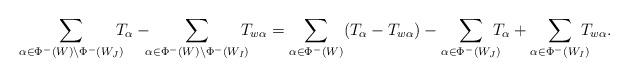
LaTeX: \begin{gather*} \sum_{\alpha\in \Phi^-(W)\setminus \Phi^-(W_J)}\!\!\!\!T_\alpha -\!\!\!\sum_{\alpha\in \Phi^-(W)\setminus \Phi^-(W_I)}\!\!\!\!T_{w\alpha} = \sum_{\alpha\in \Phi^-(W)}(T_\alpha-T_{w\alpha}) - \sum_{\alpha\in \Phi^-(W_J)}\!\!\!\!T_\alpha + \sum_{\alpha\in \Phi^-(W_I)}\!\!\!\!T_{w\alpha}. \end{gather*}